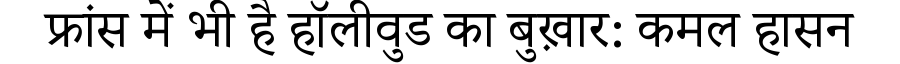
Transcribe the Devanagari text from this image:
फ्रांस में भी है हॉलीवुड का बुख़ार: कमल हासन